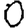
Digit: 0